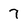
Character: 7